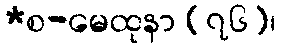
*စ-မေထုနာ (၇၆)၊